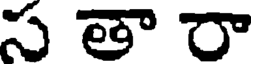
స తా రా